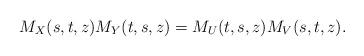
LaTeX: \begin{align*}M_X(s,t,z)M_Y(t,s,z)=M_U(t,s,z)M_V(s,t,z).\end{align*}